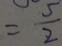
= \frac { 5 } { 2 }